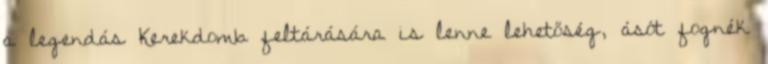
a legendás Kerekdomb feltárására is lenne lehetőség, ásót fognék